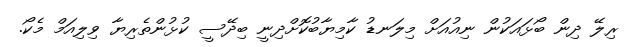
ރިލޭ ދިން ބޯޅައަކުން ނިއުއަށް މިލަނޑު ކާމިޔާބުކޮށްދިނީ ބިދޭސީ ކުޅުންތެރިޔާ ވިލިއަމް މެކޯ.